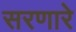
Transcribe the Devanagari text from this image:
सरणारे